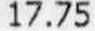
17.75